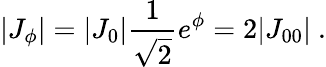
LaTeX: |J_{\phi}|=|J_{0}|{\frac{1}{\sqrt 2}}e^{\phi}=2|J_{00}|\ .